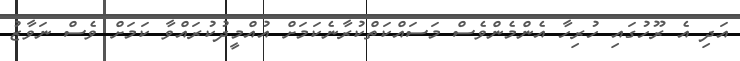
އަދި އެ ރޫހުގައި ހުރިހާ އެންމެންވެސް މަސައްކަތްކުރާނެކަމަށް އުއްމީދުކުރައްވާ ކަމަށް ވެސް ނަވާޒު